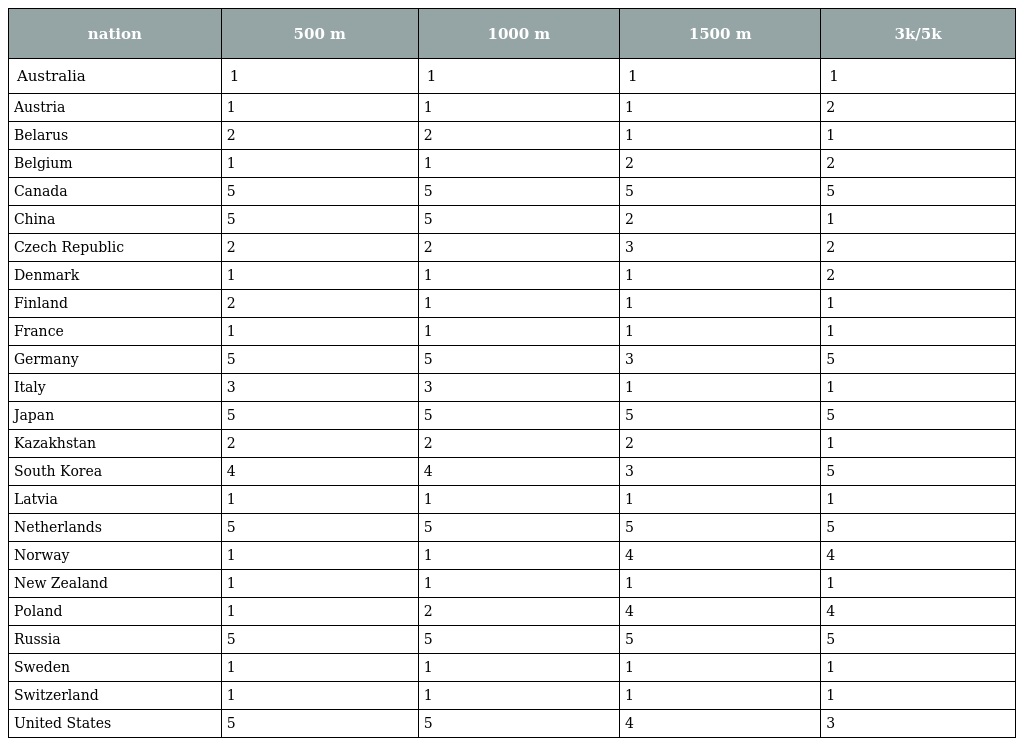
| nation | 500 m | 1000 m | 1500 m | 3k/5k |
 | --- | --- | --- | --- | --- |
 | Australia | 1 | 1 | 1 | 1 |
 | Austria | 1 | 1 | 1 | 2 |
 | Belarus | 2 | 2 | 1 | 1 |
 | Belgium | 1 | 1 | 2 | 2 |
 | Canada | 5 | 5 | 5 | 5 |
 | China | 5 | 5 | 2 | 1 |
 | Czech Republic | 2 | 2 | 3 | 2 |
 | Denmark | 1 | 1 | 1 | 2 |
 | Finland | 2 | 1 | 1 | 1 |
 | France | 1 | 1 | 1 | 1 |
 | Germany | 5 | 5 | 3 | 5 |
 | Italy | 3 | 3 | 1 | 1 |
 | Japan | 5 | 5 | 5 | 5 |
 | Kazakhstan | 2 | 2 | 2 | 1 |
 | South Korea | 4 | 4 | 3 | 5 |
 | Latvia | 1 | 1 | 1 | 1 |
 | Netherlands | 5 | 5 | 5 | 5 |
 | Norway | 1 | 1 | 4 | 4 |
 | New Zealand | 1 | 1 | 1 | 1 |
 | Poland | 1 | 2 | 4 | 4 |
 | Russia | 5 | 5 | 5 | 5 |
 | Sweden | 1 | 1 | 1 | 1 |
 | Switzerland | 1 | 1 | 1 | 1 |
 | United States | 5 | 5 | 4 | 3 |